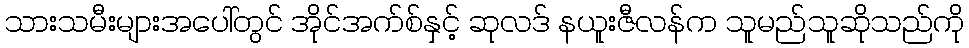
သားသမီးများအပေါ်တွင် အိုင်အက်စ်နှင့် ဆုလဒ် နယူးဇီလန်က သူမည်သူဆိုသည်ကို